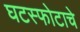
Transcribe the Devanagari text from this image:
घटस्फोटाचे